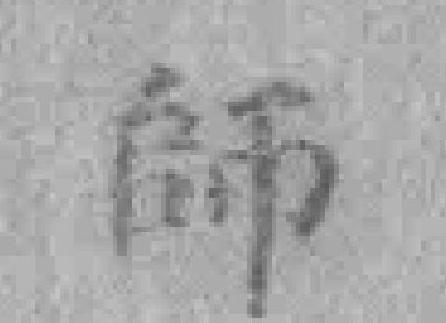
師